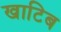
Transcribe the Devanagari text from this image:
खाटिब